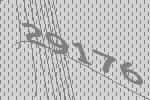
29176